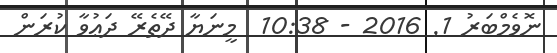
ނޮވެމްބަރު 1